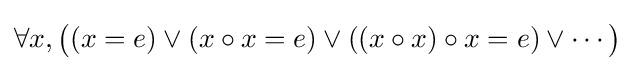
\forall x,{\big (}(x=e)\lor (x\circ x=e)\lor ((x\circ x)\circ x=e)\lor \cdots {\big )}